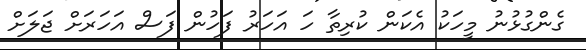
ގެންގުޅުނު މީހަކު އެކަން ކުރިތާ ހަ އަހަރު ފަހުން ފަސް އަހަރަށް ޖަލަށް